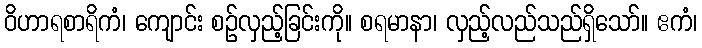
ဝိဟာရစာရိကံ၊ ကျောင်း စဉ်လှည့်ခြင်းကို။ စရမာနာ၊ လှည့်လည်သည်ရှိသော်။ ဧကံ၊